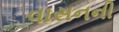
વાસનની